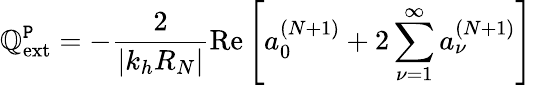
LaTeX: \mathbb{Q}_{\textrm{{ext}}}^{\texttt{{P}}}=-\frac{{2}}{{|k_{h}R_{N}|}}\textrm{{Re}}\left[a_{0}^{(N+1)}+2\sum_{\nu=1}^{\infty}a_{\nu}^{(N+1)}\right]